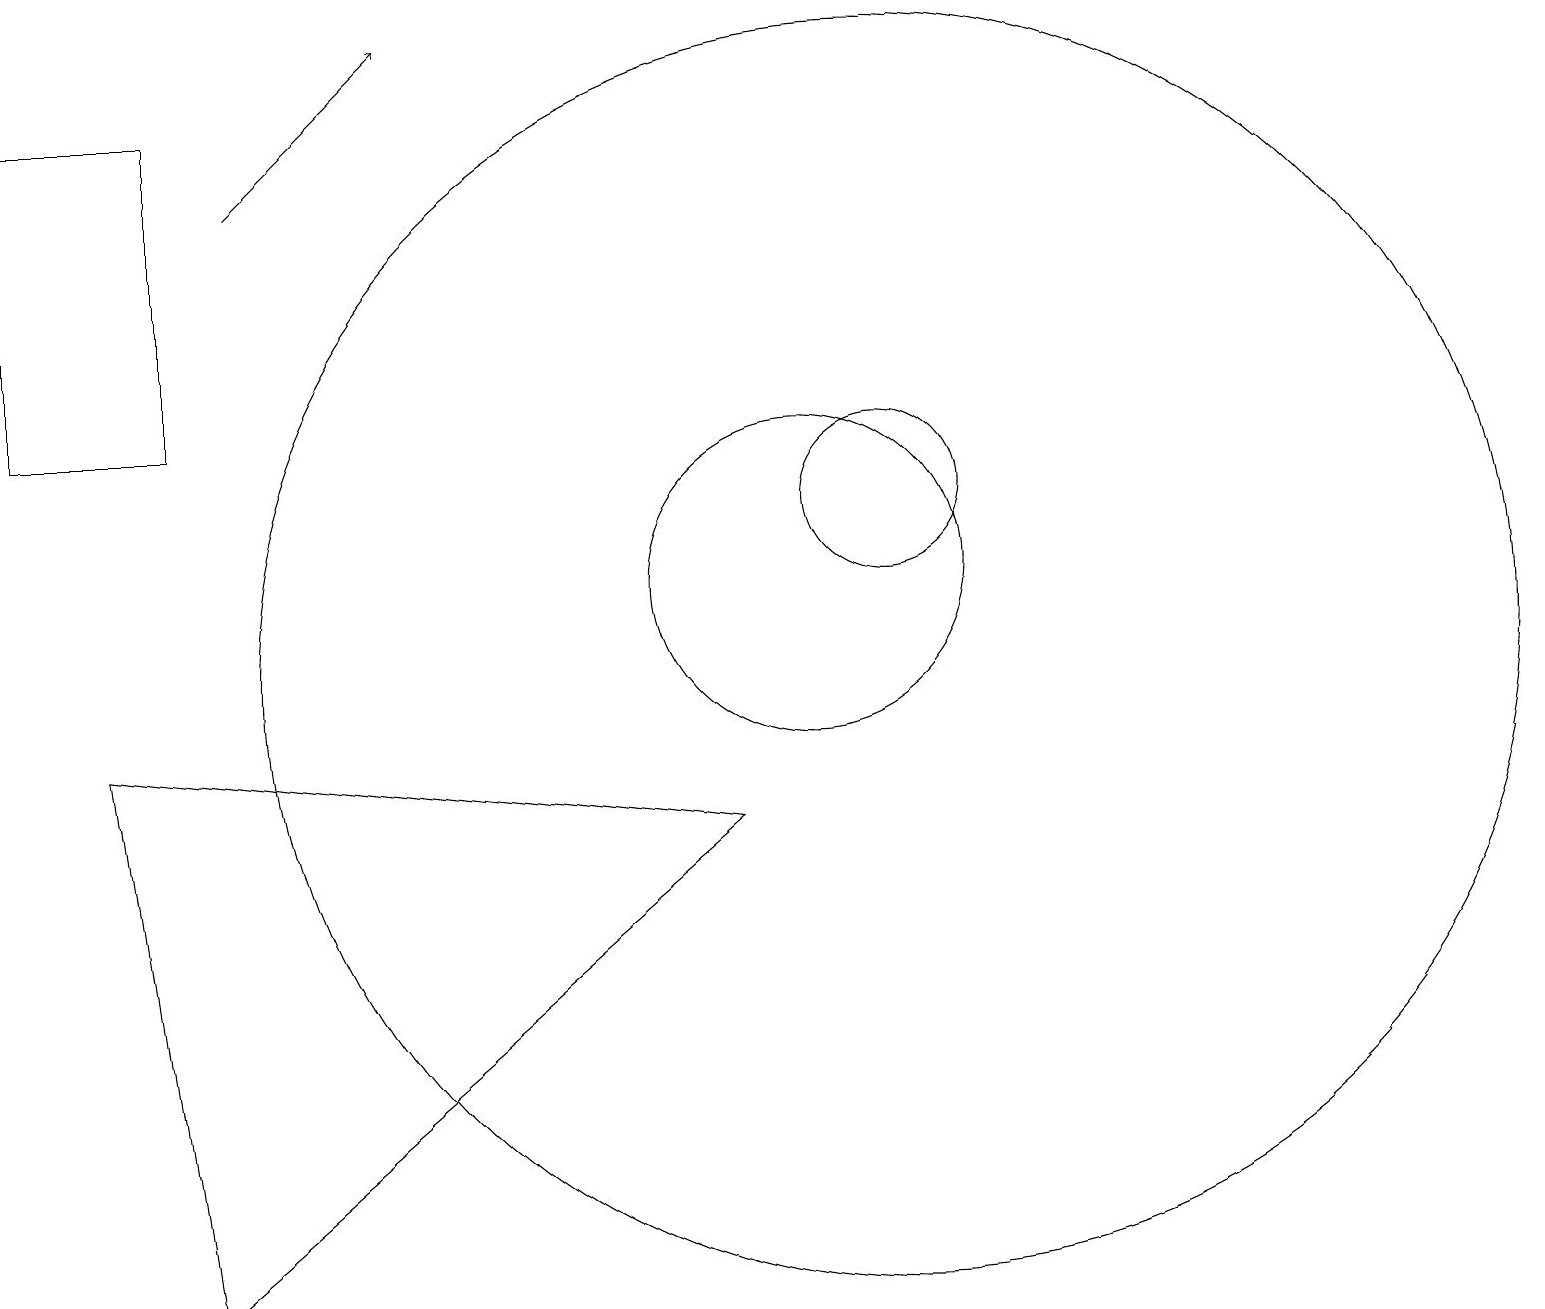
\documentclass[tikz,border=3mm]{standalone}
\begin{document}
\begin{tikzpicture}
\draw (11,12) circle (1);
\draw (10,11) circle (2);
\draw (0,17) rectangle (2,13);
\draw (1,9) -- (2,2) -- (9,8) -- cycle;
\draw[->] (3,16) -- (5,18);
\draw (11,10) circle (8);
\draw (10,12) circle (0);
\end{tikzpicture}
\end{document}